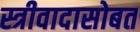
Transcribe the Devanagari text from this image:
स्त्रीवादासोबत